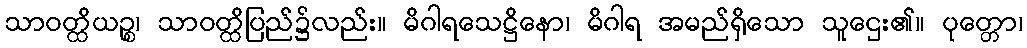
သာဝတ္ထိယဉ္စ၊ သာဝတ္ထိပြည်၌လည်း။ မိဂါရသေဋ္ဌိနော၊ မိဂါရ အမည်ရှိသော သူဌေး၏။ ပုတ္တော၊